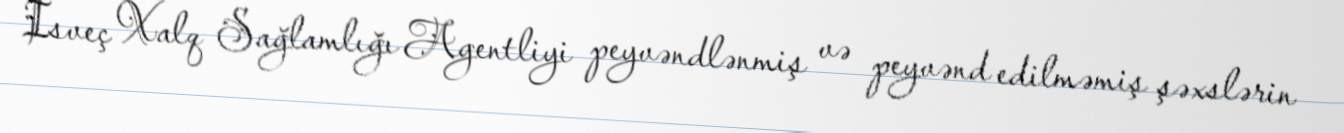
İsveç Xalq Sağlamlığı Agentliyi peyvəndlənmiş və peyvənd edilməmiş şəxslərin